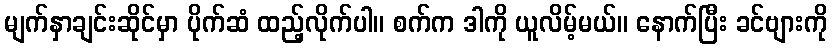
မျက်နှာချင်းဆိုင်မှာ ပိုက်ဆံ ထည့်လိုက်ပါ။ စက်က ဒါကို ယူလိမ့်မယ်။ နောက်ပြီး ခင်ဗျားကို